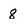
Character: 8